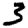
Digit: 3